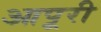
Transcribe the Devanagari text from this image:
आपूरी